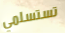
تستسلمي